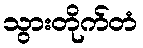
သွားတိုက်တံ